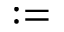
: =